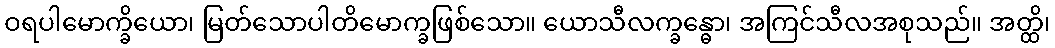
ဝရပါမောက္ခိယော၊ မြတ်သောပါတိမောက္ခဖြစ်သော။ ယောသီလက္ခန္ဓော၊ အကြင်သီလအစုသည်။ အတ္ထိ၊